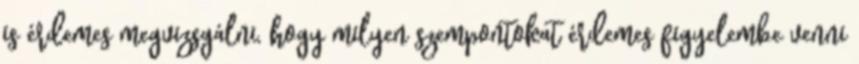
is érdemes megvizsgálni, hogy milyen szempontokat érdemes figyelembe venni